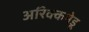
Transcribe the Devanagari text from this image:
अरिक्कमेडू